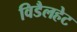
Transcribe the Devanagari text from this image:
विडैलहेट